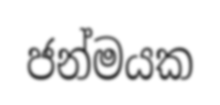
ජන්මයක